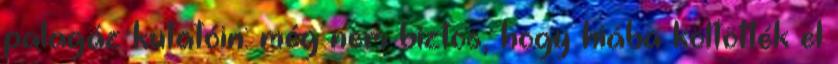
palagáz kutatóin: még nem biztos, hogy hiába költötték el